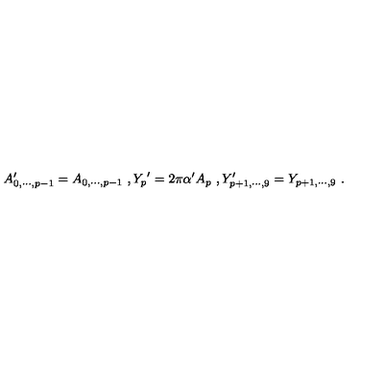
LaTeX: A _ { 0 , \cdots , p - 1 } ^ { \prime } = { A _ { 0 , \cdots , p - 1 } } \ , { Y _ { p } } ^ { \prime } = 2 \pi \alpha ^ { \prime } A _ { p } \ , Y _ { p + 1 , \cdots , 9 } ^ { \prime } = Y _ { p + 1 , \cdots , 9 } \ .